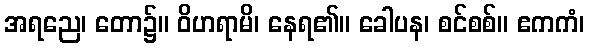
အရညေ၊ တော၌။ ဝိဟရာမိ၊ နေရ၏။ ခေါပန၊ စင်စစ်။ ဧကကံ၊